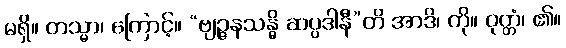
မရှိ။ တသ္မာ၊ ကြောင့်။ “ဗျဉ္ဇနသန္ဓိ ဆပ္ပဒါနီ”တိ အာဒိ၊ ကို။ ဝုတ္တံ၊ ၏။